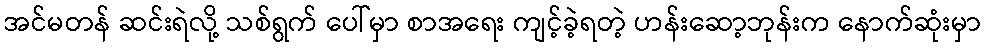
အင်မတန် ဆင်းရဲလို့ သစ်ရွက် ပေါ်မှာ စာအရေး ကျင့်ခဲ့ရတဲ့ ဟန်းဆော့ဘုန်းက နောက်ဆုံးမှာ